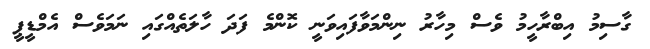
ގާސިމު އިބްރާހީމު ވެސް މިހާރު ނިންމަވާފައިވަނީ ކޮންމެ ފަދަ ހާލަތެއްގައި ނަމަވެސް އެމްޑީޕީ